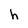
Character: h